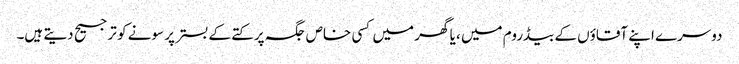
دوسرے اپنے آقاؤں کے بیڈروم میں ، یا گھر میں کسی خاص جگہ پر کتے کے بستر پر سونے کو ترجیح دیتے ہیں۔